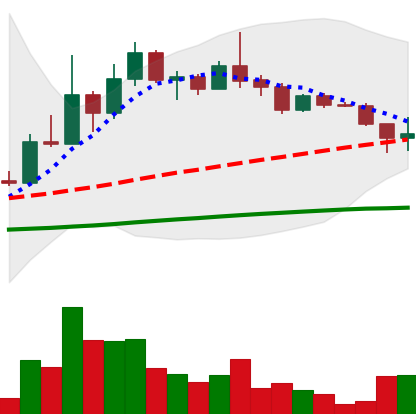
Ticker: DOGE-USD
Chart end date: 2022-12-13
Forward return: -13.524%
Label: down_7plus